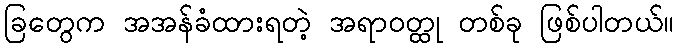
ခြတွေက အအန်ခံထားရတဲ့ အရာဝတ္ထု တစ်ခု ဖြစ်ပါတယ်။